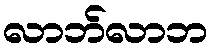
လာဘ်လာဘ